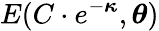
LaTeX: E(C\cdot e^{-{\boldsymbol{\kappa}}},{\boldsymbol{\theta}})